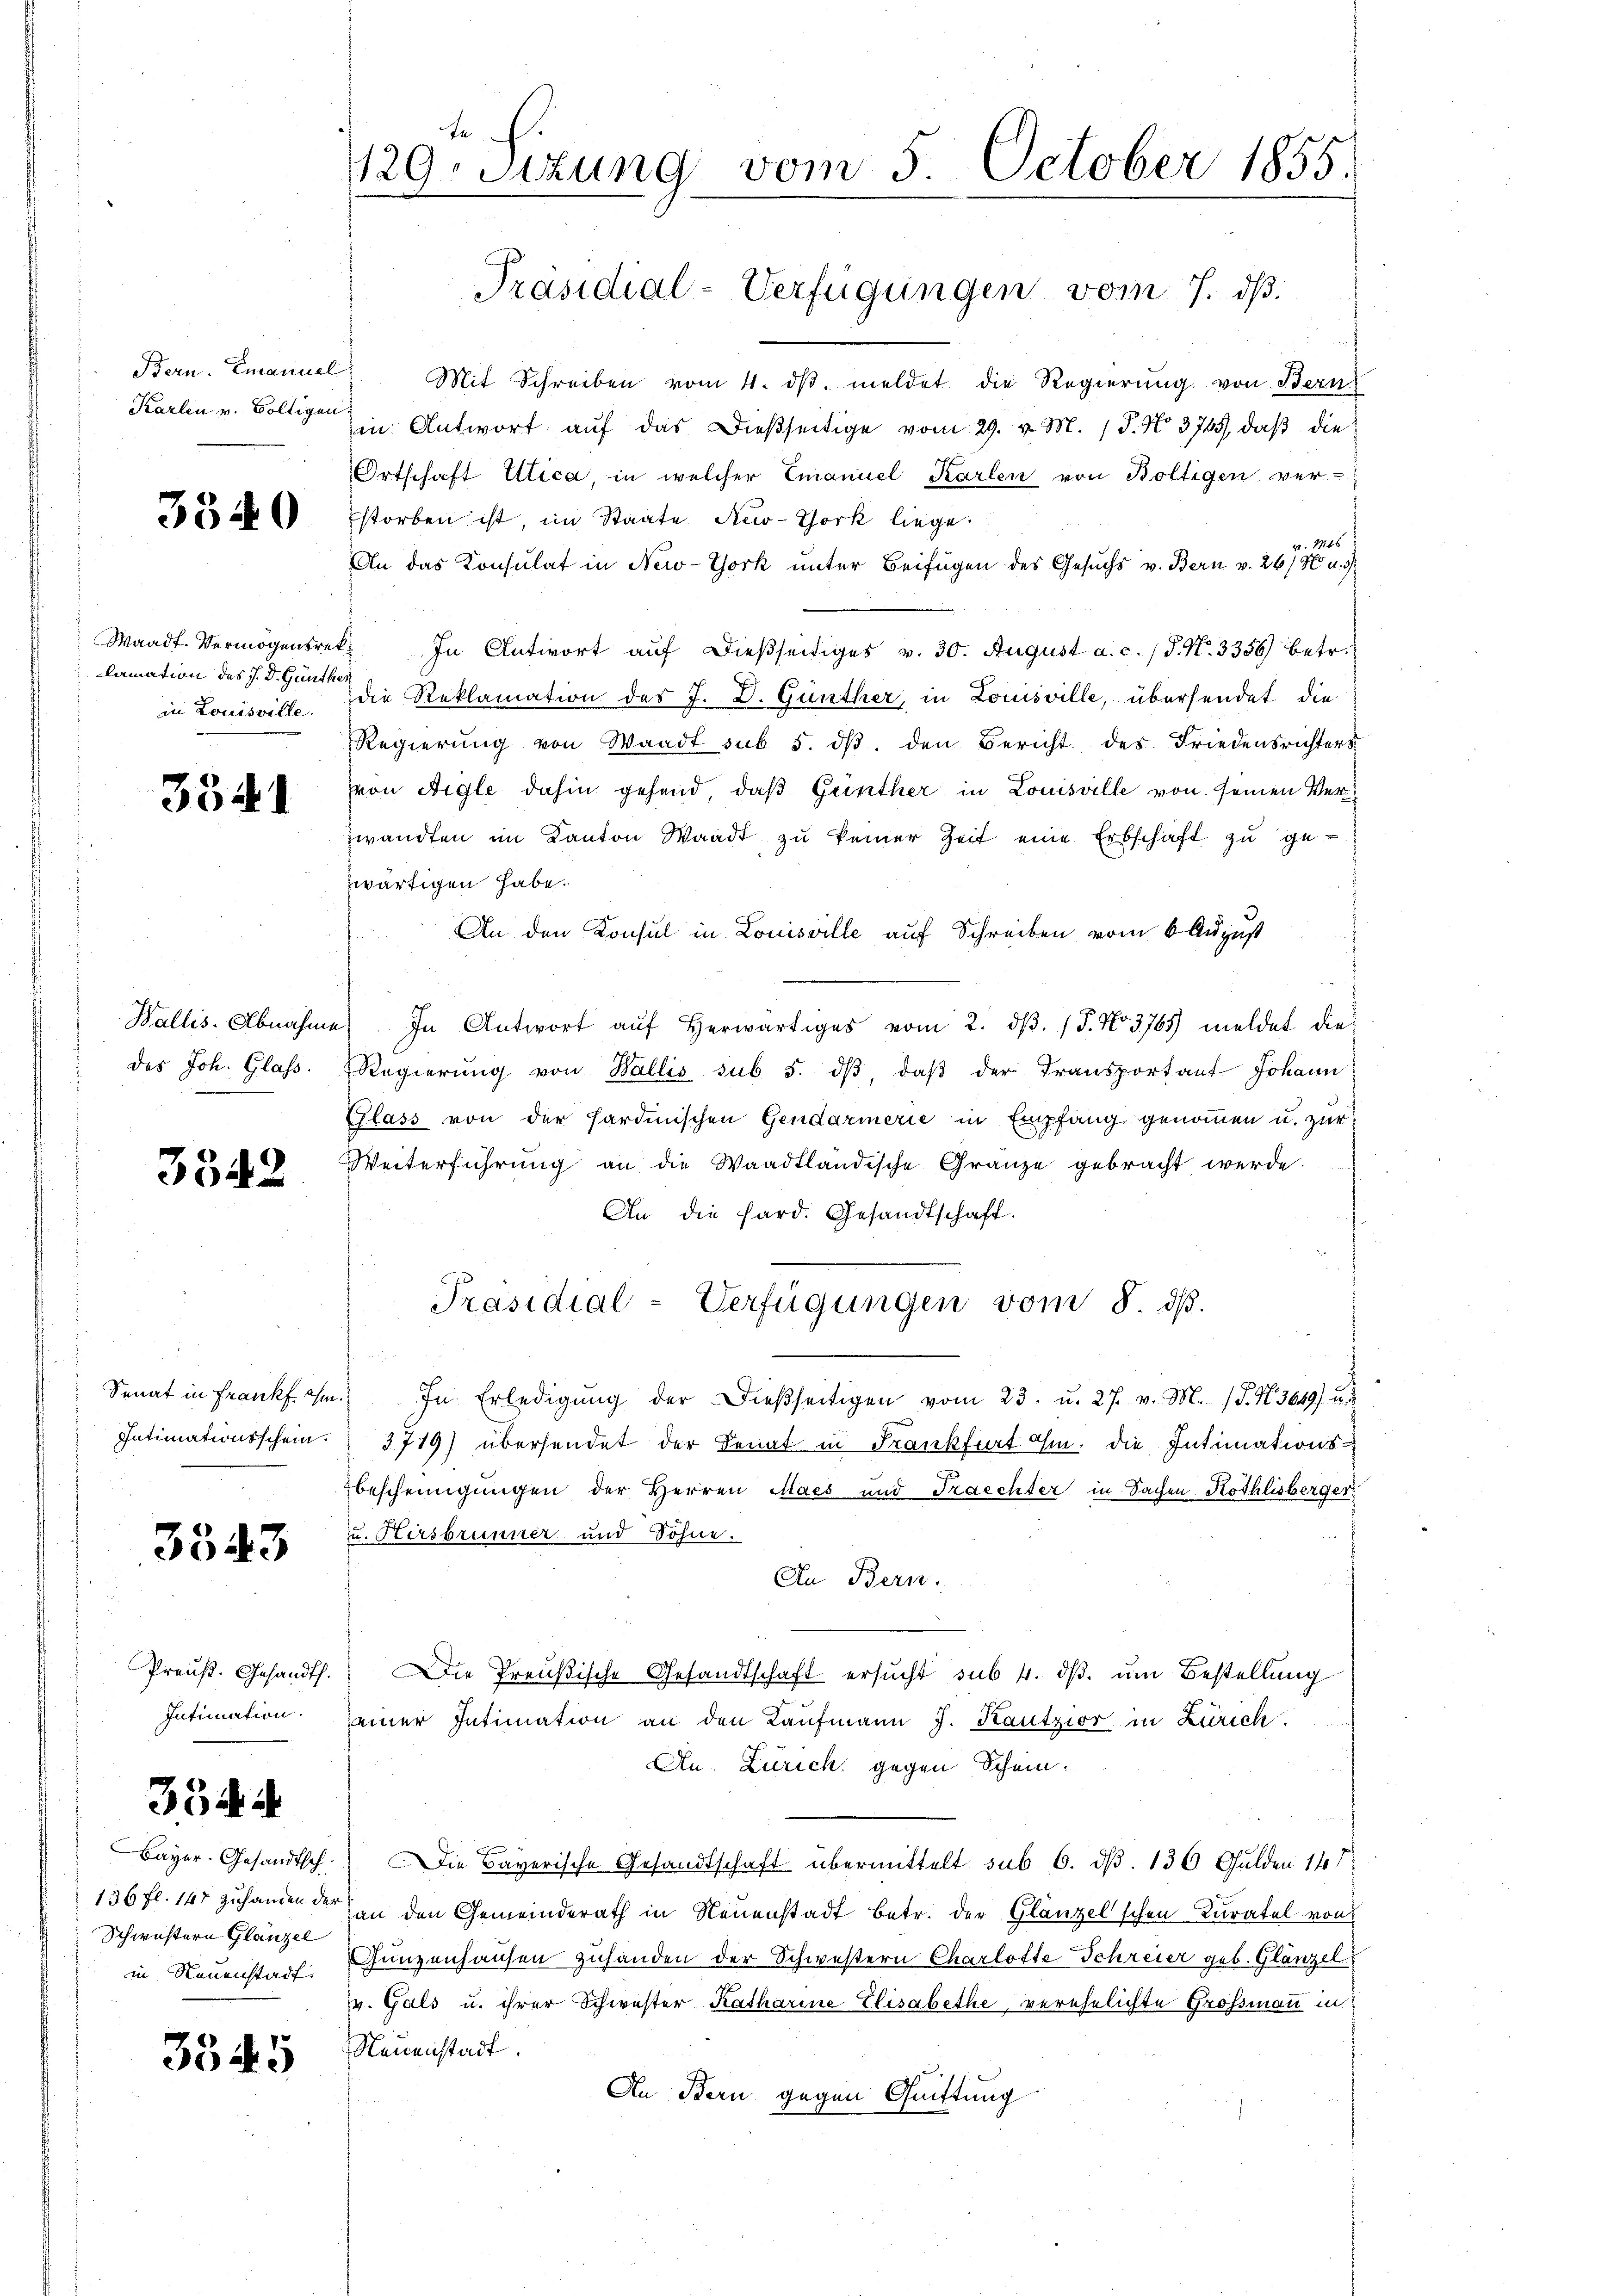
Karlen v. Boltigen.

3540

lamation des J. D. Günther
in Louisville.

3341

Wallis. Abnahme
des Joh. Glass.

3542

Intimationsschein.

3543

Preuß. Gesandth.
Intimation.

354 d

Bayer. Gesandtsch.
136 fl. 141 zuhanden der
Schwestern Glanzel
in Neuenstadt.

3545

ta
129. Sitzung vom 5. October 1855.

Bern. Emanuel Mit Schreiben vom 4. dβ. meldet die Regierŭng von Bern
in Antwort auf das dießseitige vom 29. v. M. 1 P. No. 3745, daß die
Ortschaft Ulica, in welcher Emanuel Karlen von Boltigen ver-
storben ist, im Staate Ano-York liege.
v. 146
An das Consulat in New-York unter Beifügen des Gesuchs v. Bern v. 26/8 u. 3.
Waadt. Vermögensret. In Antwort auf dießseitiges v. 30. August a. c. (T. N. 3356) betr.
die Reklamation des J. D. Günther, in Louisville, übersendet die
Regierŭng von Waadt sub 5. dβ, den Bericht des Friedensrichters
von Aigle dahin gehend, daß Günther in Louisville von seinen Verzwandten im Kanton Waadt zu keiner Zeit eine Erbschaft zu ge-
wärtigen habe.
An den Konsul in Louisville auf Schreiben vom 6 August
) In Antwort aŭf herwärtiges vom 2. dβ. 15. No 3765) meldet die
Regierŭng von Wallis sub 5. dβ, daβ der Transportant Johann
Glass von der sardinischen Gendarmerie in Empfang genommen u. zur
Weiterführung an die Waadtländische Gränze gebracht werde.
An die Hard. Gesandtschaft.
Präsidial-Verfügungen vom 8. ds.
Senat in Frank ihm. In Erledigŭng der dießseitigen vom 23. u. 27. v. M. (§. N. 3649) u. d
3719) übersendet der Senat in Frankfurt ihm. Die Intimations-
bescheinigungen der Herren Macs und Fraechter in Sachen Röthlisberger
u. Hersbrunner und Sohne.
An Bern.
Die Preußische Gesandtschaft ersucht sub 4. dβ. um Bestellung
einer Intimation an den Kaŭfmann J. Kautzior in Zürich.
An Zürich gegen Schein¬
Die Bayerische Gesandtschaft übermittelt sub 6. dß. 136 Gulden 141
an den Gemeinderath in Neuenstadt betr. der Glänzelschen Kuratel von
Gunzenhausen zuhanden der Schwestern Charlotte Schreier geb. Glänzel
n
v. Gals u. ihrer Schwester Katharine Elisabethe, verehelichte Großmann in
Neuenstadt.
An Bern gegen Quittung

Präsidial-Verfügungen vom 7. ds.